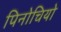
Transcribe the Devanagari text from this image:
पिनोचियो